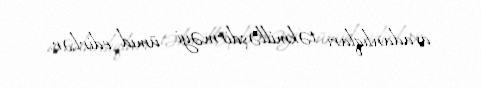
avadanlıqları təkmilləşdirməyi ümid edirlər.